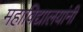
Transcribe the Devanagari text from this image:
महाविद्यालयांनी